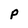
Character: p